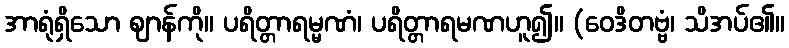
အာရုံရှိသော ဈာန်ကို။ ပရိတ္တာရမ္မဏံ၊ ပရိတ္တာရမဏဟူ၍။ (ဝေဒိတဗ္ဗံ၊ သိအပ်၏။